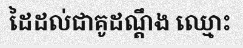
ដៃដល់ជាគូដណ្តឹង ឈ្មោះ